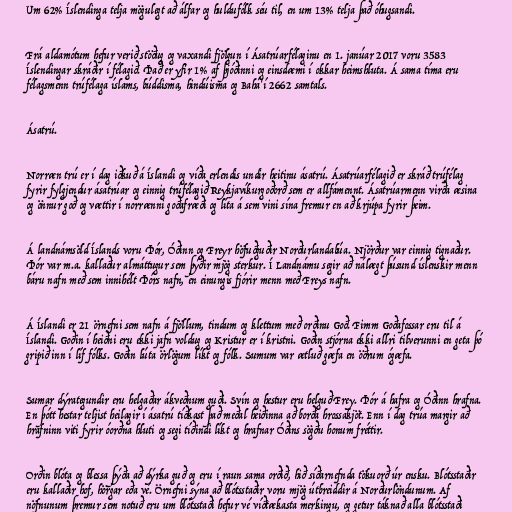
Um 62% Íslendinga telja mögulegt að álfar og huldufólk séu til, en um 13% telja það óhugsandi.

Frá aldamótum hefur verið stöðug og vaxandi fjölgun í Ásatrúarfélaginu en 1. janúar 2017 voru 3583
Íslendingar skráðir í félagið. Það er yfir 1% af þjóðinni og einsdæmi í okkar heimshluta. Á sama tíma eru
félagsmenn trúfélaga íslams, búddisma, hindúisma og Bahá'í 2662 samtals.

Ásatrú.

Norræn trú er í dag iðkuð á Íslandi og víða erlendis undir heitinu ásatrú. Ásatrúarfélagið er skráð trúfélag
fyrir fylgjendur ásatrúar og einnig trúfélagið Reykjavíkurgoðorð sem er allfámennt. Ásatrúarmenn virða æsina
og önnur goð og vættir í norrænni goðafræði og líta á sem vini sína fremur en að krjúpa fyrir þeim.

Á landnámsöld Íslands voru Þór, Óðinn og Freyr höfuðguðir Norðurlandabúa. Njörður var einnig tignaður.
Þór var m.a. kallaður almáttugur sem þýðir mjög sterkur. Í Landnámu segir að nálægt þúsund íslenskir menn
báru nafn með sem innihélt Þórs nafn, en einungis fjórir menn með Freys nafn.

Á Íslandi er 21 örnefni sem nafn á fjöllum, tindum og klettum með orðinu Goð. Fimm Goðafossar eru til á
Íslandi. Goðin í heiðni eru ekki jafn voldug og Kristur er í kristni. Goðin stjórna ekki allri tilverunni en geta þó
gripið inn í líf fólks. Goðin lúta örlögum líkt og fólk. Sumum var ætluð gæfa en öðrum ógæfa.

Sumar dýrategundir eru helgaðar ákveðnum guði. Svín og hestur eru helguð Frey. Þór á hafra og Óðinn hrafna.
En þótt hestar teljist heilagir í ásatrú tíðkast það meðal heiðinna að borða hrossakjöt. Enn í dag trúa margir að
hrafninn viti fyrir óorðna hluti og segi tíðindi líkt og hrafnar Óðins sögðu honum fréttir.

Orðin blóta og blessa þýða að dýrka guð og eru í raun sama orðið, hið síðarnefnda tökuorð úr ensku. Blótsstaðir
eru kallaðir hof, hörgar eða vé. Örnefni sýna að blótsstaðir voru mjög útbreiddir á Norðurlöndunum. Af
nöfnunum þremur sem notuð eru um blótsstaði hefur vé víðtækasta merkingu, og getur táknað alla blótsstaði